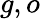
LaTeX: g,o